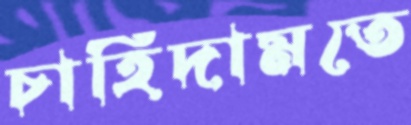
চাহিদামতে